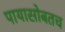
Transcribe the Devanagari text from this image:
पायासोबतच